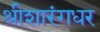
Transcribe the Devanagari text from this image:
श्रीशारंगधर